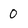
Character: 0